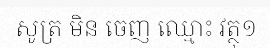
សូត្រ មិន ចេញ ឈ្មោះ វត្ថុ១